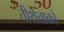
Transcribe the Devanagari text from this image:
तीर्थताको